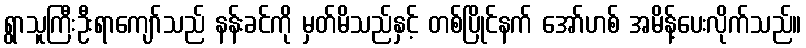
ရွာသူကြီးဦးရာကျော်သည် နန်းခင်ကို မှတ်မိသည်နှင့် တစ်ပြိုင်နက် အော်ဟစ် အမိန့်ပေးလိုက်သည်။